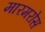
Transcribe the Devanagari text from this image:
मारमरोस